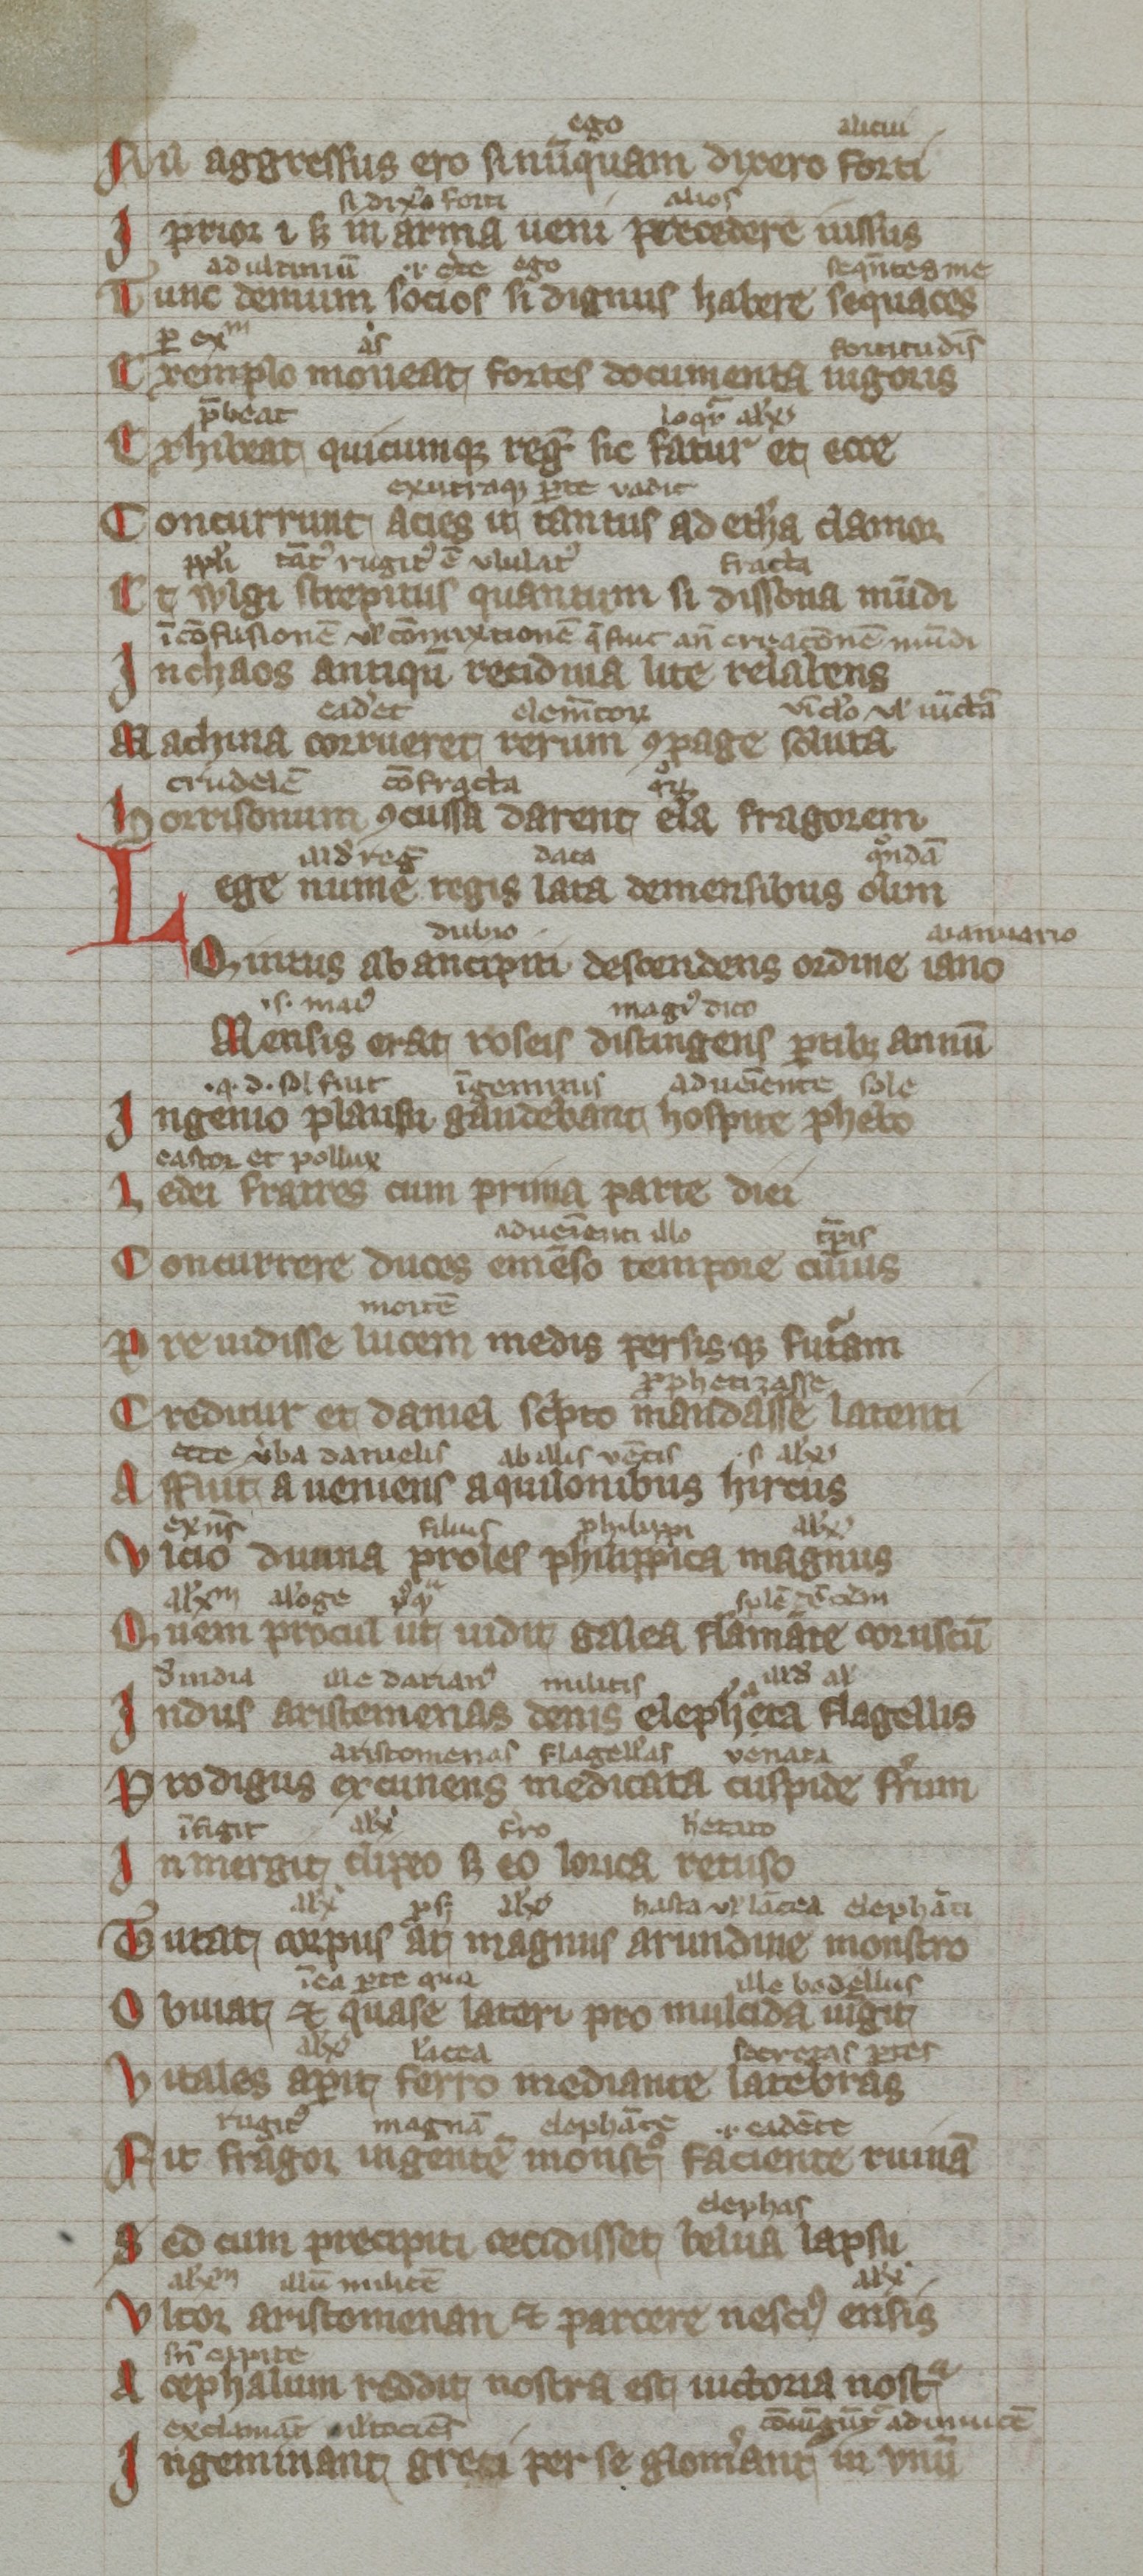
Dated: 1300–1399